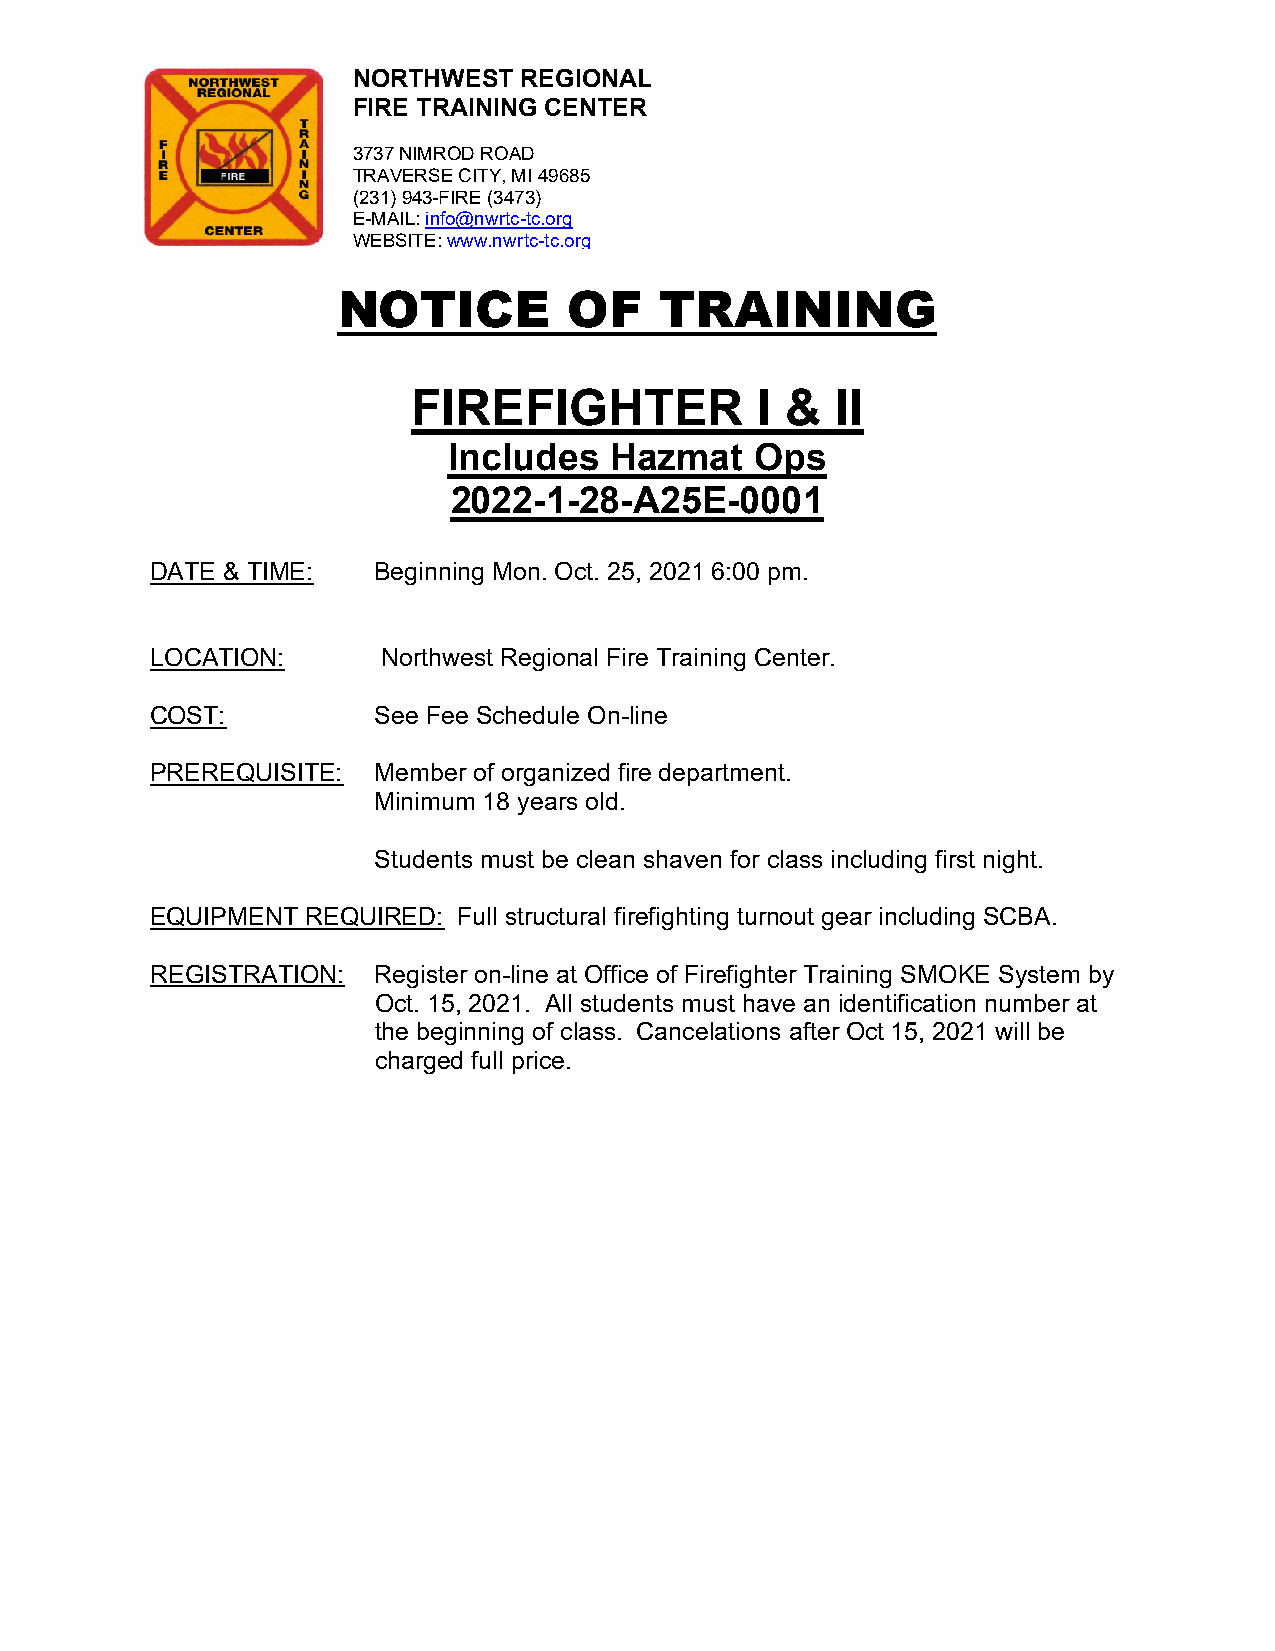
NORTHWEST  REGIONAL
 FIRE TRAINING CENTER
 3737 NIMROD ROAD
 TRAVERSE CITY, MI 49685
 (231) 943-FIRE (3473)
 E-MAIL: info@nwrtc-tc.org
 WEBSITE: www.nwrtc-tc.org
 NOTICE          OF    TRAINING
 FIREFIGHTER            I &  II
 Includes  Hazmat    Ops
 2022-1-28-A25E-0001
 DATE & TIME:   Beginning Mon. Oct. 25, 2021 6:00 pm.
 LOCATION:      Northwest Regional Fire Training Center.
 COST:          See Fee Schedule On-line
 PREREQUISITE:  Member of organized fire department.
 Minimum 18 years old.
 Students must be clean shaven for class including first night.
 EQUIPMENT REQUIRED: Full structural firefighting turnout gear including SCBA.
 REGISTRATION:  Register on-line at Office of Firefighter Training SMOKE System by
 Oct. 15, 2021. All students must have an identification number at
 the beginning of class. Cancelations after Oct 15, 2021 will be
 charged full price.